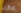
مركزك